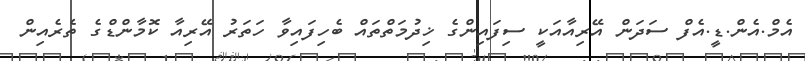
އެމް.އެން.ޑީ.އެފް ސަދަން އޭރިއާއަކީ ސިފައިންގެ ޚިދުމަތްތައް ބެހިފައިވާ ހަތަރު އޭރިއާ ކޮމާންޑްގެ ތެރެއިން